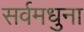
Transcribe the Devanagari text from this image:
सर्वमधुना